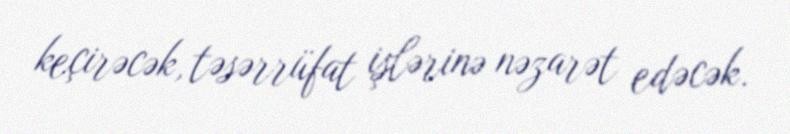
keçirəcək, təsərrüfat işlərinə nəzarət edəcək.